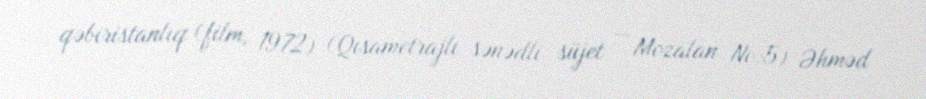
qəbiristanlıq (film, 1972) (Qısametrajlı sənədli süjet — Mozalan №:5) Əhməd